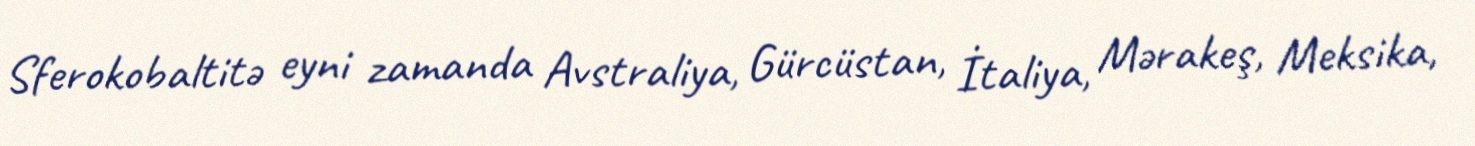
Sferokobaltitə eyni zamanda Avstraliya, Gürcüstan, İtaliya, Mərakeş, Meksika,